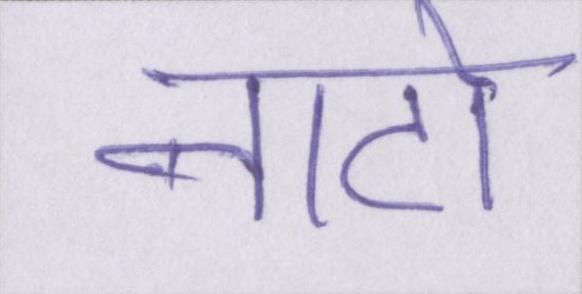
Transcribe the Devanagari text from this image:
नाटो